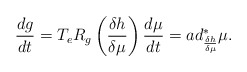
\begin{align*}\frac{dg}{dt}=T_{e}R_{g}\left( \frac{\delta h}{\delta \mu }\right)\frac{d\mu }{dt}=ad_{\frac{\delta h}{\delta \mu}}^{\ast }\mu . \end{align*}